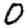
Digit: 0